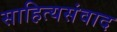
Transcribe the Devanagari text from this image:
साहित्यसंवाद